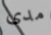
مدى